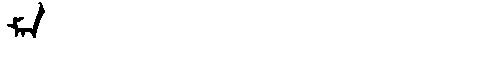
Manchu: ᠮᠠᠨ
Romanization: MAN